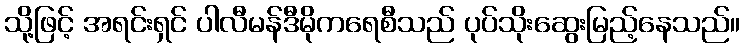
သို့ဖြင့် အရင်းရှင် ပါလီမန်ဒီမိုကရေစီသည် ပုပ်သိုးဆွေးမြည့်နေသည်။